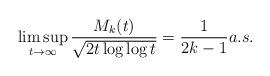
LaTeX: \begin{align*}\limsup_{t\to\infty}\frac {M_k(t)}{\sqrt{2t\log\log t}}=\frac{1}{2k-1} a.s.\end{align*}